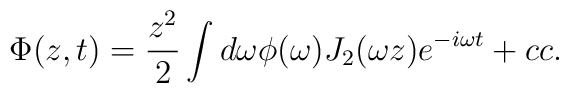
\Phi (z, t) = {z^2 \over 2} \int{d\omega \phi(\omega) J_2(\omega z)e^{-i\omega t}} + cc.